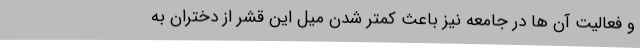
و فعالیت آن ها در جامعه نیز باعث کمتر شدن میل این قشر از دختران به